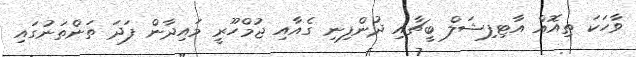
ވާހަކަ ތިއޮއް އާޓިފިޝަލް ބީޗާއި ދުންފިނި ގެއާއި ޖުމްހޫރީ މައިދާން ފަދަ ތަންތަނުގައި